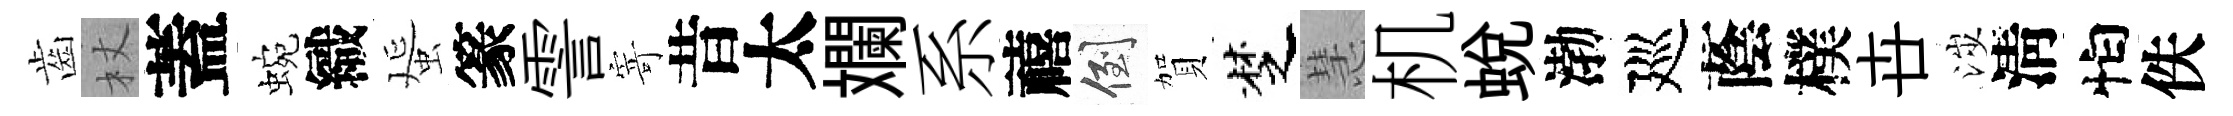
齒杖蓋蜿織蜑篆霅寄昔太斕系禧倒賀椘慧机蛻渤廵蔭樸卋涉淸怕佚